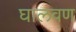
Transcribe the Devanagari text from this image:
घालवण